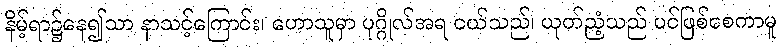
နိမ့်ရာ၌နေ၍သာ နာသင့်ကြောင်း၊ ဟောသူမှာ ပုဂ္ဂိုလ်အရ ငယ်သည်၊ ယုတ်ညံ့သည် ပင်ဖြစ်စေကာမူ